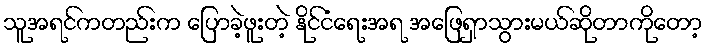
သူအရင်ကတည်းက ပြောခဲ့ဖူးတဲ့ နိုင်ငံရေးအရ အဖြေရှာသွားမယ်ဆိုတာကိုတော့